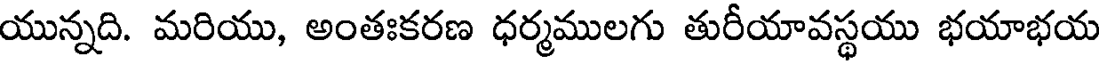
యున్నది. మరియు, అంతఃకరణ ధర్మములగు తురీయావస్థయు భయాభయ